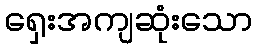
ရှေးအကျဆုံးသော